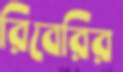
রিবেরির